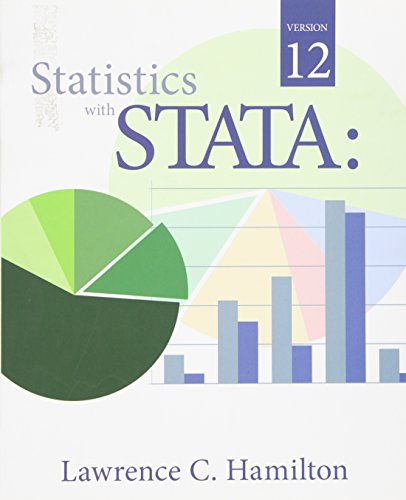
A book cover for Statistics with STATA: Version 12; Lawrence C. Hamilton; Computers & Technology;